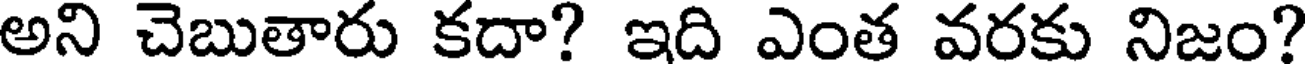
అని చెబుతారు కదా? ఇది ఎంత వరకు నిజం?